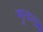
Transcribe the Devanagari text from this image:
मुतल